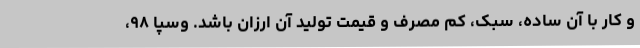
و کار با آن ساده، سبک، کم مصرف و قیمت تولید آن ارزان باشد. وسپا ۹۸،